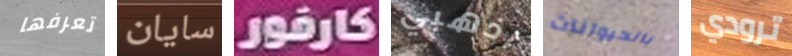
تعرفها سايان كارفور اذهبي بالحيوانات ترودي